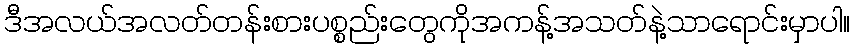
ဒီအလယ်အလတ်တန်းစားပစ္စည်းတွေကိုအကန့်အသတ်နဲ့သာရောင်းမှာပါ။